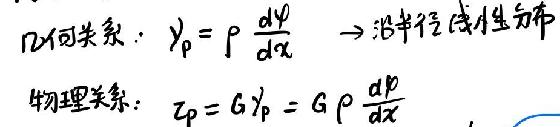
DP关系：\(\gamma_p=\rho\frac{d\psi}{dx}\rightarrow沿半径方向分布\)

物理关系：\(zp = G\gamma_p = G\rho\frac{d\rho}{dx}\)